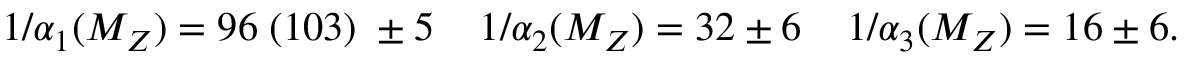
1 / \alpha _ { 1 } ( M _ { Z } ) = 9 6 \; ( 1 0 3 ) \; \pm 5 \; \; \; \; 1 / \alpha _ { 2 } ( M _ { Z } ) = 3 2 \pm 6 \; \; \; \; 1 / \alpha _ { 3 } ( M _ { Z } ) = 1 6 \pm 6 .